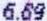
6.69